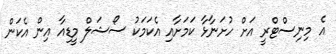
އެ މިނިސްޓްރީ އަށް ހުށަނާޅާ ކަމަށާއި އެކަމަކު ސޯޝަލް މީޑިއާ އިން އެކަން